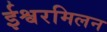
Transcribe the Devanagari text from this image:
ईश्वरमिलन